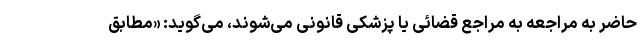
حاضر به مراجعه به مراجع قضائی یا پزشکی قانونی می‌شوند، می‌گوید: «مطابق